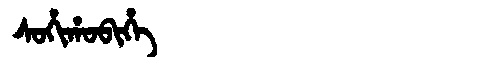
Manchu: ᠰᠣᡥᡳᡥᠣᠪᡳᡥᡝ
Romanization: SOHIHOBIHE